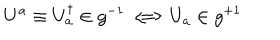
U ^ { a } \equiv U _ { a } ^ { \dagger } \in g ^ { - 1 } \Longleftrightarrow U _ { a } \in g ^ { + 1 }